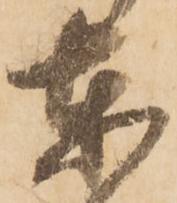
東